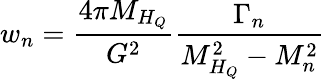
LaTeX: w_{n}=\frac{4\pi M_{H_{Q}}}{G^{2}}\frac{\Gamma_{n}}{M_{H_{Q}}^{2}-M_{n}^{2}}